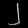
Digit: ၂